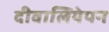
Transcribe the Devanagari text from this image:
दीवालियेपन